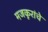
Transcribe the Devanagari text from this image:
मजकूरांचे